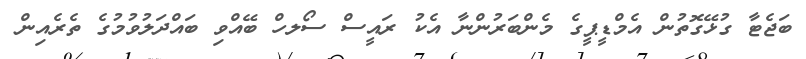
ބަޖެޓާ ގުޅޭގޮތުން އެމްޑީޕީގެ މެންބަރުންނާ އެކު ރައީސް ސޯލހް ބޭއްވި ބައްދަލުވުމުގެ ތެރެއިން